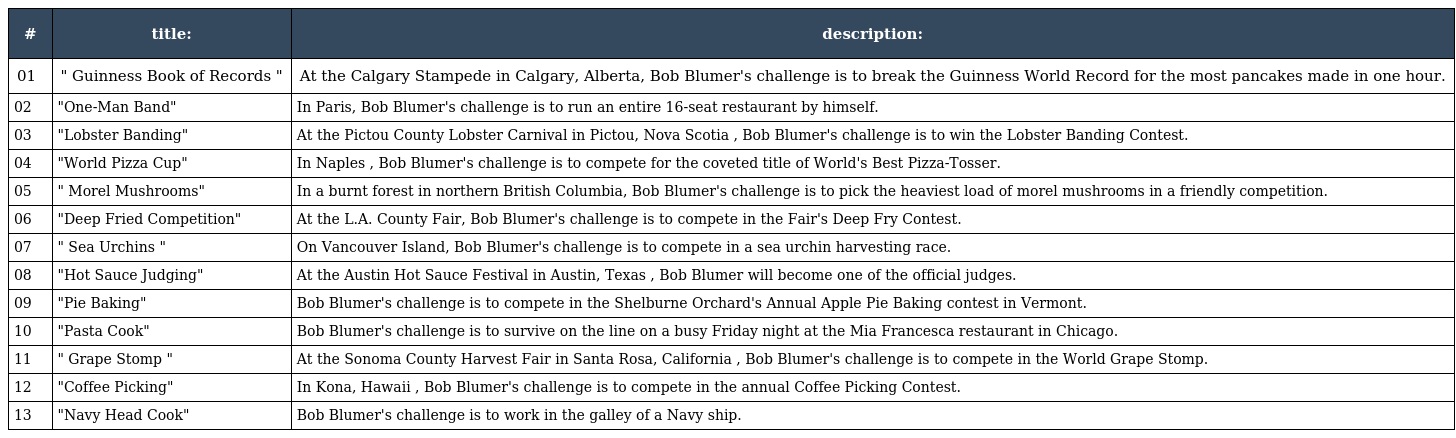
| # | title: | description: |
 | --- | --- | --- |
 | 01 | " Guinness Book of Records " | At the Calgary Stampede in Calgary, Alberta, Bob Blumer's challenge is to break the Guinness World Record for the most pancakes made in one hour. |
 | 02 | "One-Man Band" | In Paris, Bob Blumer's challenge is to run an entire 16-seat restaurant by himself. |
 | 03 | "Lobster Banding" | At the Pictou County Lobster Carnival in Pictou, Nova Scotia , Bob Blumer's challenge is to win the Lobster Banding Contest. |
 | 04 | "World Pizza Cup" | In Naples , Bob Blumer's challenge is to compete for the coveted title of World's Best Pizza-Tosser. |
 | 05 | " Morel Mushrooms" | In a burnt forest in northern British Columbia, Bob Blumer's challenge is to pick the heaviest load of morel mushrooms in a friendly competition. |
 | 06 | "Deep Fried Competition" | At the L.A. County Fair, Bob Blumer's challenge is to compete in the Fair's Deep Fry Contest. |
 | 07 | " Sea Urchins " | On Vancouver Island, Bob Blumer's challenge is to compete in a sea urchin harvesting race. |
 | 08 | "Hot Sauce Judging" | At the Austin Hot Sauce Festival in Austin, Texas , Bob Blumer will become one of the official judges. |
 | 09 | "Pie Baking" | Bob Blumer's challenge is to compete in the Shelburne Orchard's Annual Apple Pie Baking contest in Vermont. |
 | 10 | "Pasta Cook" | Bob Blumer's challenge is to survive on the line on a busy Friday night at the Mia Francesca restaurant in Chicago. |
 | 11 | " Grape Stomp " | At the Sonoma County Harvest Fair in Santa Rosa, California , Bob Blumer's challenge is to compete in the World Grape Stomp. |
 | 12 | "Coffee Picking" | In Kona, Hawaii , Bob Blumer's challenge is to compete in the annual Coffee Picking Contest. |
 | 13 | "Navy Head Cook" | Bob Blumer's challenge is to work in the galley of a Navy ship. |